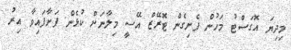
މިދިޔަ އޮގަސްޓު މަހުން ފެށިގެން ޓޮރޭޒް އޭސީ މިލާނަށް ކުޅެން ފަށާފައިވާ އިރު